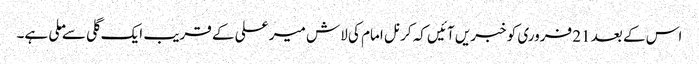
اس کے بعد 21 فروری کو خبریں آئیں کہ کرنل امام کی لاش میر علی کے قریب ایک گلی سے ملی ہے۔